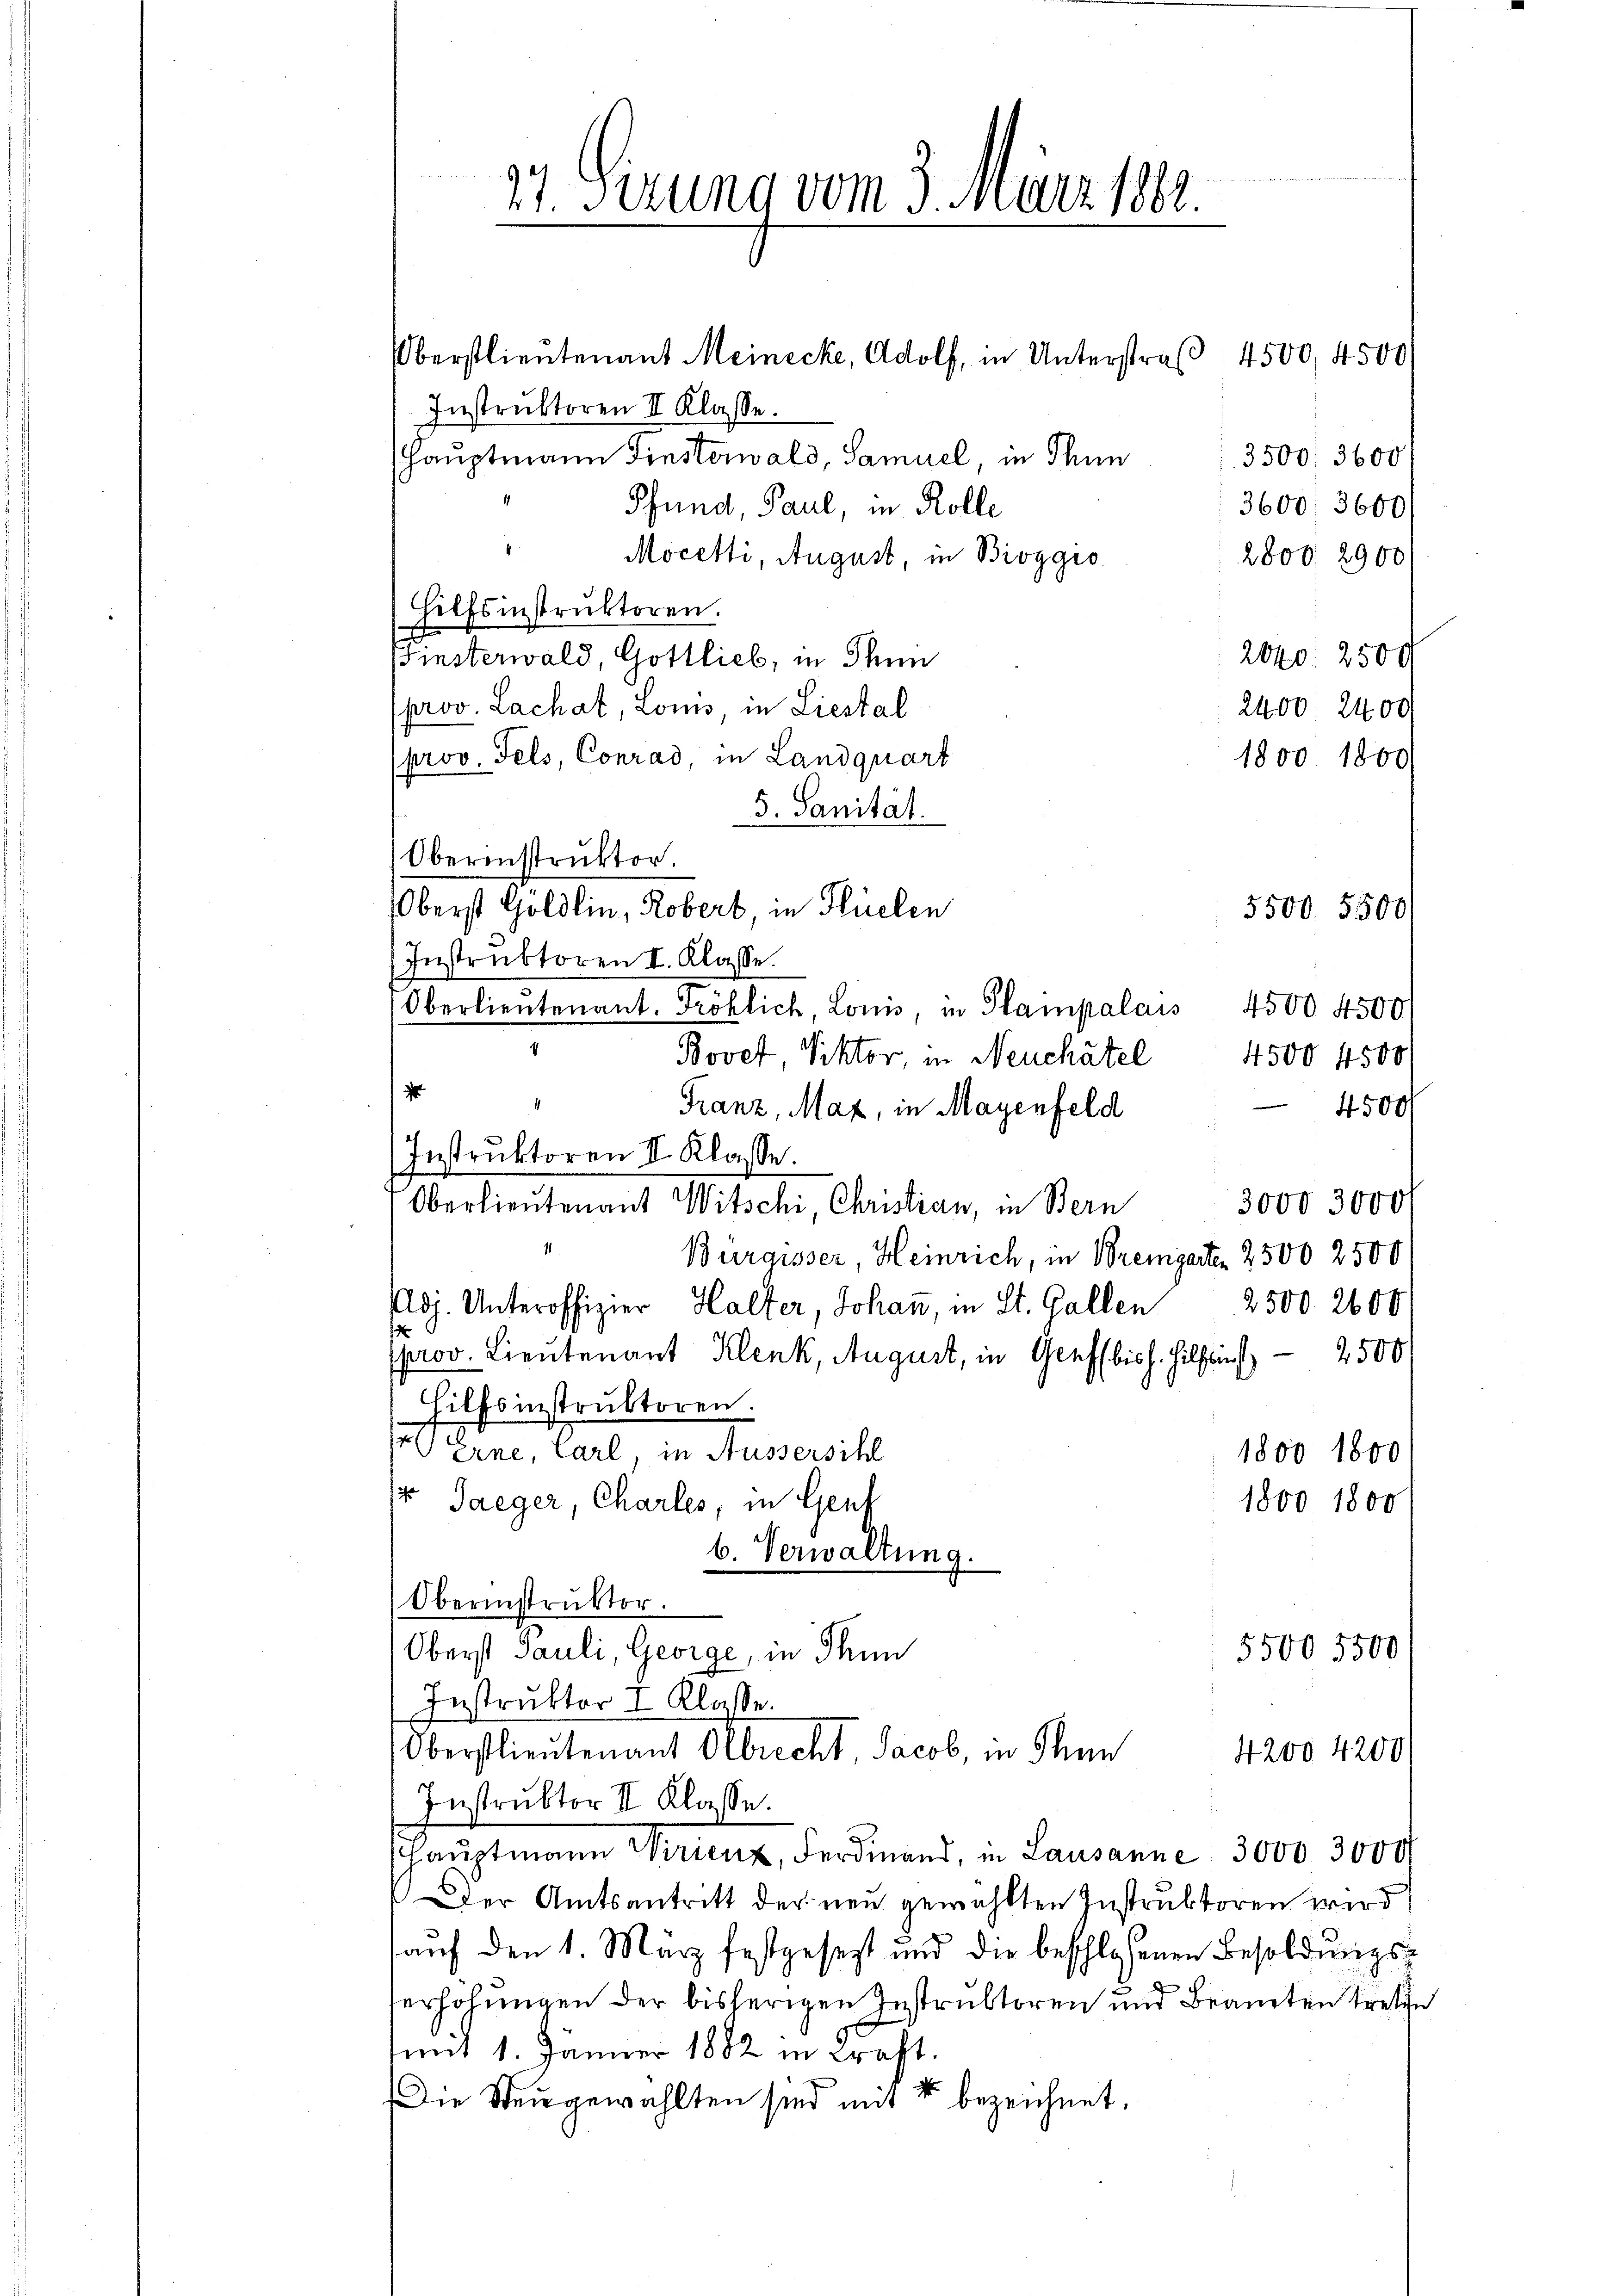
. Itzung vom 3. März 1881.

Oberstlieutenant Meinecke, Adolf, in Unterstraβ 4500, 4500
Instrŭktoren II Klasse.
Hauptmann Finsterwald, Samuel, in Thun
Pfund, Paul, in Rolle
Mocetti, August, in Bioggis
Hilfsinstruktoren.
Finsterwald, Gottlieb, in Thun
prov. Lachat, Lois, in Liestal
prov. Fels, Conrad, in Landquart
5. Sanität.
Oberinstruktor.
Oberst Göldlin, Robert in Flüelen
Instruktoren I. Klasse.
Oberlieŭtenant. Fröhlich, Louis, in Plampalais 4500 4500
Bovet, Rektor, in Neuchâtel
4500 4500
1
Franz, Maz, in Mayenfeld
Instruktoren II. Klasse.
3000 3000
Oberlieutenant Witschi, Christian, in Bern
Burgisser Heinrich, in Bremgarten 2500 2500
2500 2600
Adj. Unteroffizier Halter, Johann, in St. Gallen
prov. Lieutenant Klenk, August, in Genf bis h. Hilflin 2500
Hilfsinstruktoren.
rne, Carl, in Aussersihl
1800 1800
 Jaeger Charles, in Genf
1800 1800
b. Verwaltung.
Oberinstruktor.
5500 5500
Oberst Pauli, George, in Thun
Instruktor I. Klasse.
Oberstlieutenant Albrecht Jacob, in denn
4200 4200
Instruktor II Klasse.
shauptmann Wirienz, Ferdinand, in Lausanne 3000. 3000
der Amtsantritt der neu gewählten Instruktoren wird
auf den 1. März festgesetzt und die beschloßenen Besoldungs¬
.
erholungen der bisherigen Instruktoren und Beamten treten
mit 1. Jänner 1882 in Kraft.
Die Steŭgewählten sind mit 4 bezeichnet.

5500. 5500

3500, 3600/
3600. 3600/
2800. 2900
2040. 2500
2400. 2400
1800 1800

4500/